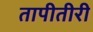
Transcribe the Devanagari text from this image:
तापीतीरी